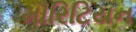
મૌરિટિયન